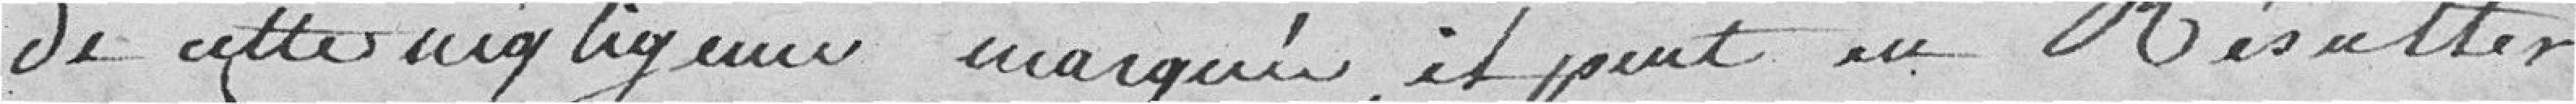
de cette négligence marquée, il peut en Résulter